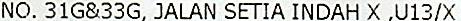
NO. 31G&33G, JALAN SETIA INDAH X ,U13/X